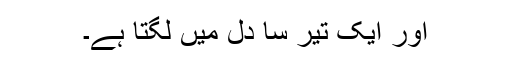
اور ایک تیر سا دل میں لگتا ہے۔